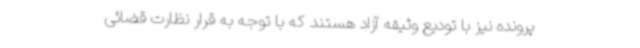
پرونده نیز با تودیع وثیقه آزاد هستند که با توجه به قرار نظارت قضائی